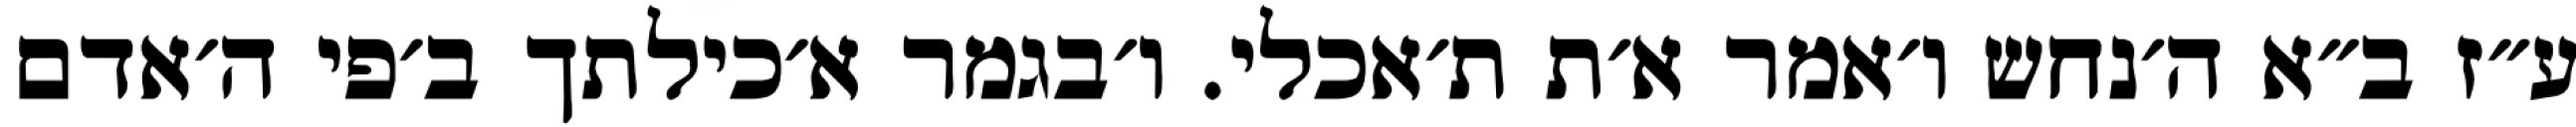
ע״ז ב״א ה׳נחש ו׳אמר א׳ת ת׳אכלי. ו׳בגמר א׳כילתך ב׳פי ה׳אדם